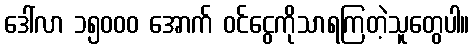
ဒေါ်လာ ၁၅၀၀၀ အောက် ဝင်ငွေကိုသာရကြတဲ့သူတွေပါ။